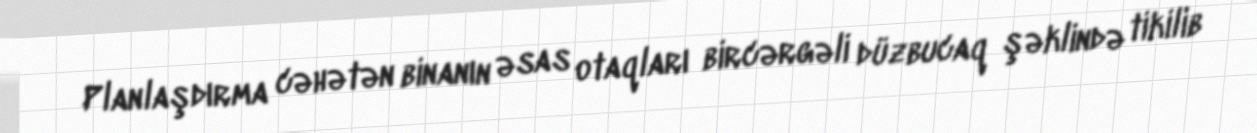
Planlaşdırma cəhətən binanın əsas otaqları bircərgəli düzbucaq şəklində tikilib